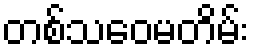
တစ်သဝေမတိမ်း